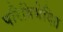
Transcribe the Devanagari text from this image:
परिविभेदित